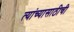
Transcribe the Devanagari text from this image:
त्यांच्यासाठीची